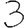
Digit: 3